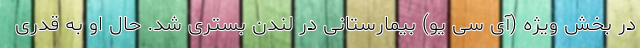
در بخش ویژه (آی سی یو) بیمارستانی در لندن بستری شد. حال او به قدری